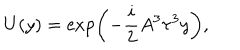
U ( y ) = \exp \left( - \frac { i } { 2 } A ^ { 3 } \tau ^ { 3 } y \right) ,